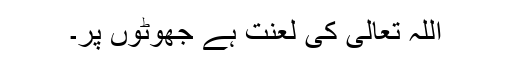
اللہ تعالیٰ کی لعنت ہے جھوٹوں پر۔